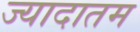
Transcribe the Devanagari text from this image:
ज्यादातम